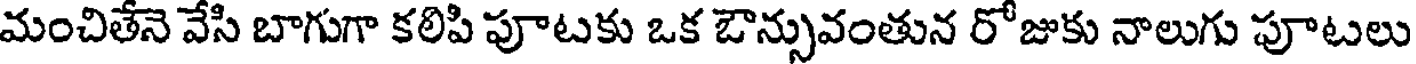
మంచితేనె వేసి బాగుగా కలిపి పూటకు ఒక ఔన్సువంతున రోజుకు నాలుగు పూటలు